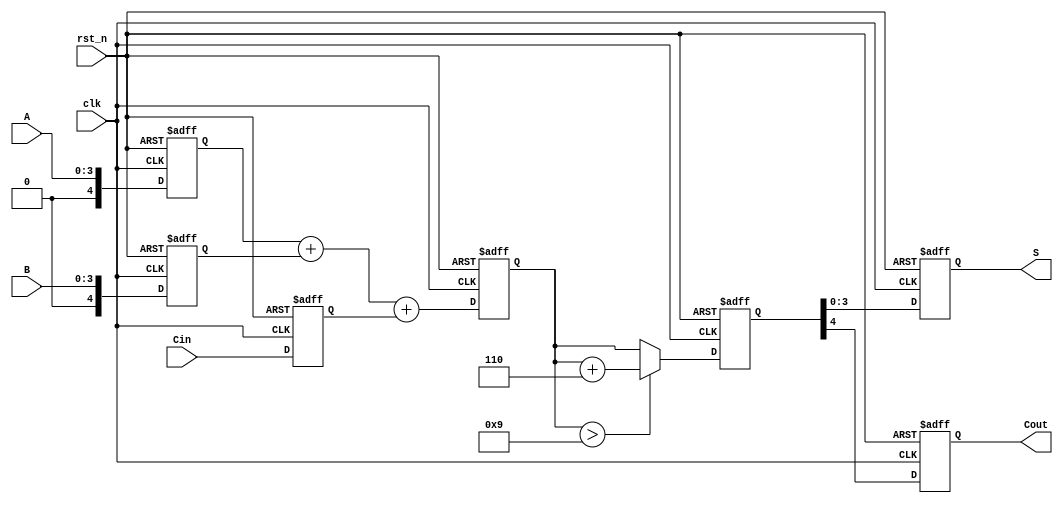
module BCD_Pipelined_Adder (
    input clk,            // Clock signal
    input rst_n,         // Active-low reset
    input [3:0] A,       // First BCD digit
    input [3:0] B,       // Second BCD digit
    input Cin,           // Carry-in
    output reg [3:0] S,  // BCD sum output
    output reg Cout      // Carry-out
);

    // Intermediate registers for pipelining
    reg [4:0] sum_stage1; // Intermediate sum after the adder stage
    reg [4:0] sum_stage2; // Intermediate sum after correction stage

    // Pipeline registers to hold inputs for the next stage
    reg [4:0] A_stage, B_stage;
    reg Cin_stage;

    // Adder Stage: Compute the sum
    always @(posedge clk or negedge rst_n) begin
        if (!rst_n) begin
            A_stage <= 5'b0;
            B_stage <= 5'b0;
            Cin_stage <= 1'b0;
        end else begin
            A_stage <= {1'b0, A}; // Extend A to 5 bits
            B_stage <= {1'b0, B}; // Extend B to 5 bits
            Cin_stage <= Cin;
        end
    end

    // Generate the sum in the next stage
    always @(posedge clk or negedge rst_n) begin
        if (!rst_n) begin
            sum_stage1 <= 5'b0;
        end else begin
            sum_stage1 <= A_stage + B_stage + Cin_stage;
        end
    end

    // Correction Logic: Add 6 if sum exceeds 9
    always @(posedge clk or negedge rst_n) begin
        if (!rst_n) begin
            sum_stage2 <= 5'b0;
        end else begin
            if (sum_stage1 > 5'd9) begin
                sum_stage2 <= sum_stage1 + 5'd6; // Add correction
            end else begin
                sum_stage2 <= sum_stage1; // No correction needed
            end
        end
    end

    // Output Stage: Final BCD result and carry-out
    always @(posedge clk or negedge rst_n) begin
        if (!rst_n) begin
            S <= 4'b0;
            Cout <= 1'b0;
        end else begin
            S <= sum_stage2[3:0]; // 4-bit BCD result
            Cout <= sum_stage2[4]; // Carry-out
        end
    end

endmodule